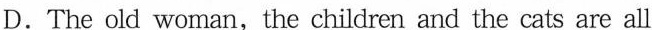
D.The old woman, the children and the cats are all